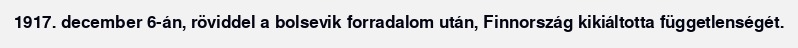
1917. december 6-án, röviddel a bolsevik forradalom után, Finnország kikiáltotta függetlenségét.